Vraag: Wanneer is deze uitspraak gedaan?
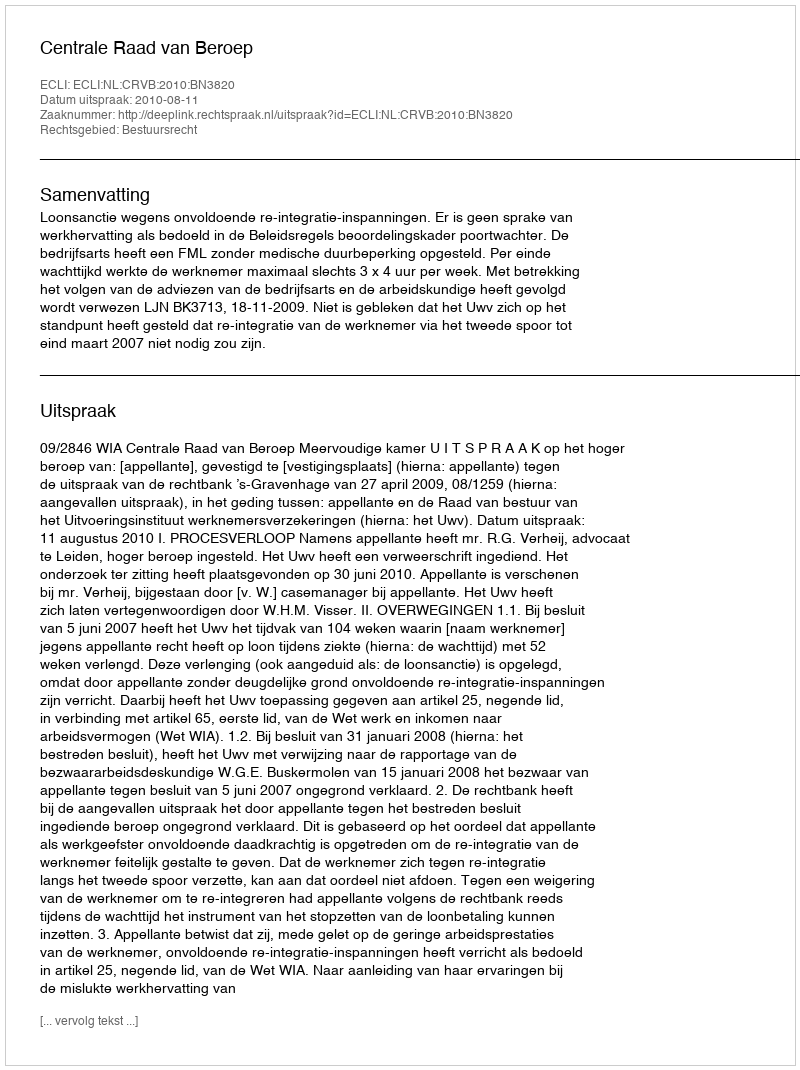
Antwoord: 2010-08-11